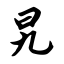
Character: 旯